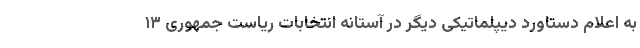
به اعلام دستاورد دیپلماتیکی دیگر در آستانه انتخابات ریاست جمهوری ۱۳